Leaving Certificate Examination (including Day School Certificate (Higher) General paper), 1938
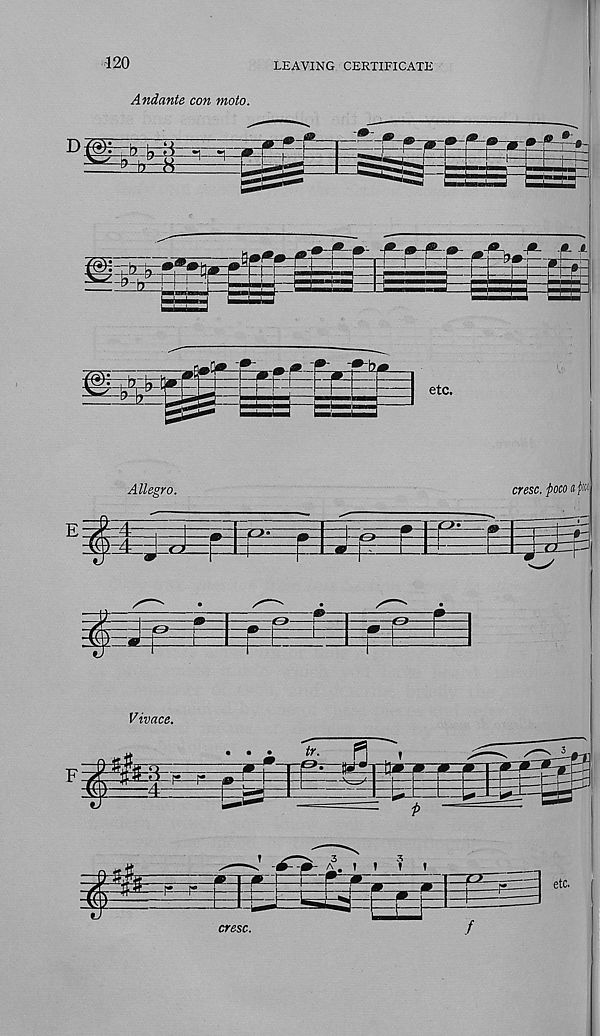
-120
LEAVING CERTIFICATE
Andante con moto.